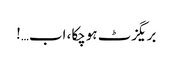
بریگزٹ ہوچکا، اب…!